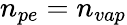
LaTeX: n_{pe}=n_{vap}